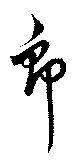
郎